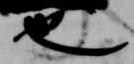
也